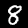
Label: 8